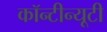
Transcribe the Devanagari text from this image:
कॉन्टीन्यूटी